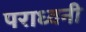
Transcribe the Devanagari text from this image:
पराध्वनी